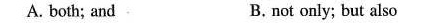
A. both; and B.not only; but also